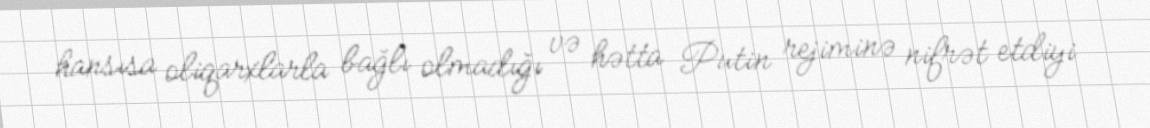
hansısa oliqarxlarla bağlı olmadığı və hətta Putin rejiminə nifrət etdiyi